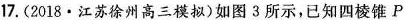
17.(2018·江苏徐州高三模拟)如图3所示，已知四棱锥P